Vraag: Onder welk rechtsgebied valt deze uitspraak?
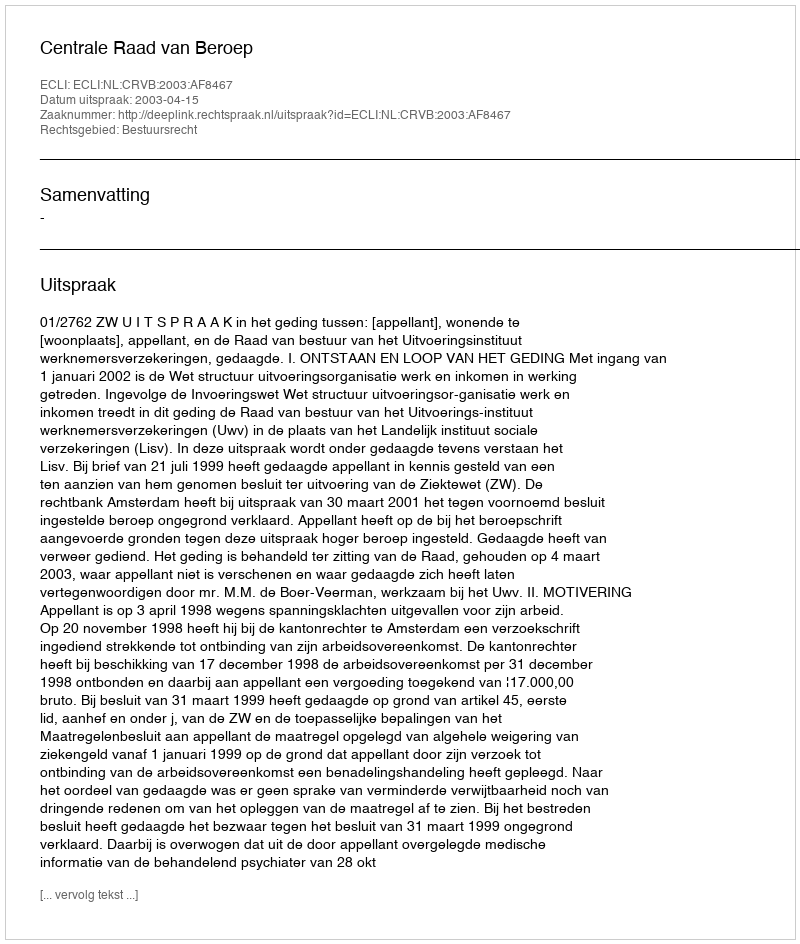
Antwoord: Bestuursrecht